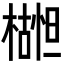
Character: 𬄮